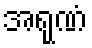
အရုဏံ